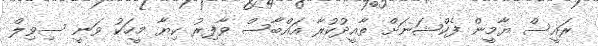
ރައީސް ޔާމީން ފެކްޝަނަށް ތާއީދުކުރާ އައްބާސް ވާފިރު ކިޔާ މީހަކު ވަނީ ސިވިލް